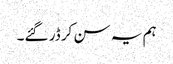
ہم یہ سن کر ڈر گئے۔